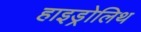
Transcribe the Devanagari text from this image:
हाइड्रोलिथ